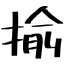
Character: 揄